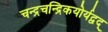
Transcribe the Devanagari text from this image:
चन्द्रचन्द्रिकयोर्यद्वद्